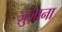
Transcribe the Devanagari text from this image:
ज़ुज़ाना